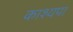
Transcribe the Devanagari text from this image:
काश्यपा